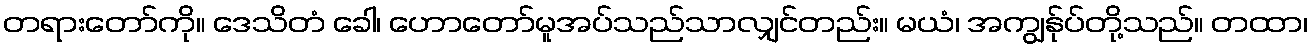
တရားတော်ကို။ ဒေသိတံ ခေါ၊ ဟောတော်မူအပ်သည်သာလျှင်တည်း။ မယံ၊ အကျွန်ုပ်တို့သည်။ တထာ၊